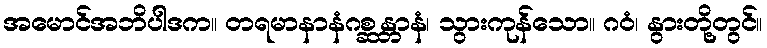
အမောင်အဘိပါဒက။ တရမာနာနံဂစ္ဆန္တာနံ၊ သွားကုန်သော။ ဂဝံ၊ နွားတို့တွင်။